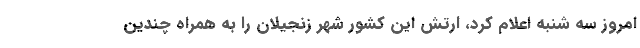
امروز سه شنبه اعلام کرد، ارتش این کشور شهر زنجیلان را به همراه چندین